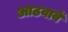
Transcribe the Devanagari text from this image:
आठवावें